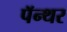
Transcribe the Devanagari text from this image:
पॅन्थर